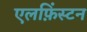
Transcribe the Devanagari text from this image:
एलफ़िंस्टन